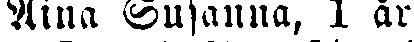
Aina Susanna, 1 år